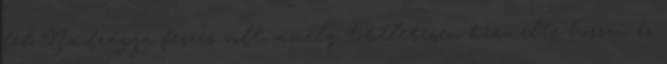
fel. Nadrágja feszes volt, amely tökéletesen kiemelte hosszú és